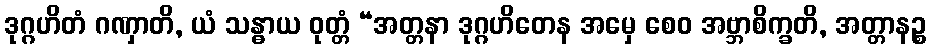
ဒုဂ္ဂဟိတံ ဂဏှာတိ, ယံ သန္ဓာယ ဝုတ္တံ “အတ္တနာ ဒုဂ္ဂဟိတေန အမှေ စေဝ အဗ္ဘာစိက္ခတိ, အတ္တာနဉ္စ